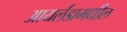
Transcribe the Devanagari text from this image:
आयर्लंडामधील